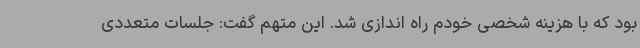
بود که با هزینه شخصی خودم راه اندازی شد. این متهم گفت: جلسات متعددی